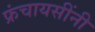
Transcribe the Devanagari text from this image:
फ्रंचायसींनी